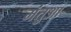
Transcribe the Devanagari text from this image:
मंतुआ